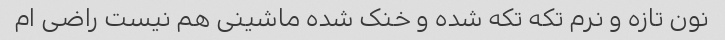
نون تازه و نرم تکه تکه شده و خنک شده ماشینی هم نیست راضی ام